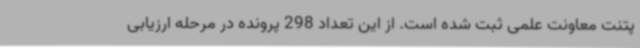
پتنت معاونت علمی ثبت شده است. از این تعداد 298 پرونده در مرحله ارزیابی